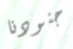
جنودنا